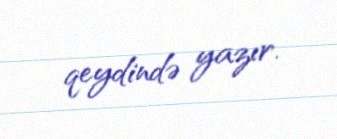
qeydində yazır.